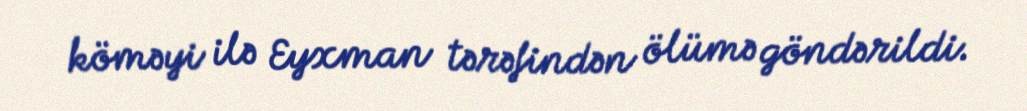
köməyi ilə Eyxman tərəfindən ölümə göndərildi.